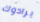
برادوك